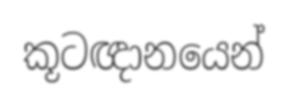
කූටඥානයෙන්